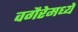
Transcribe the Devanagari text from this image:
वगैरेमध्ये